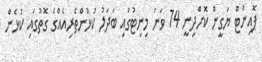
ޕޮއިންޓް ޔަގީން ކޮށްދިނީ 74 ވަނަ މިނިޓުގައި ބަދަލު ކުޅުންތެރިއެއްގެ ގޮތުގައި ކުޅެން